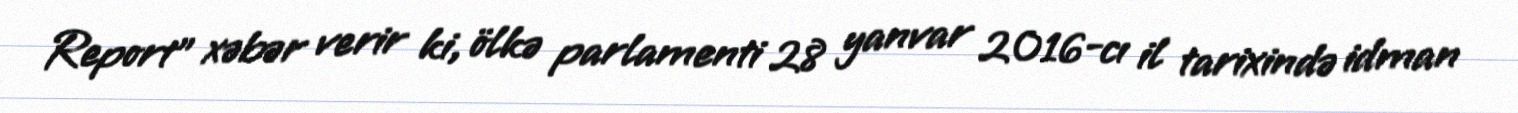
Report" xəbər verir ki, ölkə parlamenti 28 yanvar 2016-cı il tarixində idman